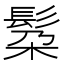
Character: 𮫄